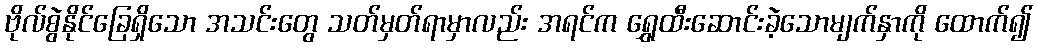
ဗိုလ်စွဲနိုင်ခြေရှိသော အသင်းတွေ သတ်မှတ်ရာမှာလည်း အရင်က ရွှေထီးဆောင်းခဲ့သောမျက်နှာကို ထောက်၍